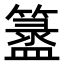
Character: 𥵁